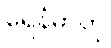
ရေနံဓာတု